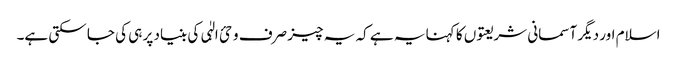
اسلام اور دیگر آسمانی شریعتوں کا کہنا یہ ہے کہ یہ چیز صرف وحئ الہٰی کی بنیاد پر ہی کی جا سکتی ہے۔